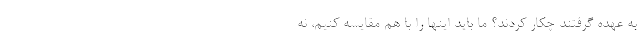
به عهده گرفتند چکار کردند؟ ما باید اینها را با هم مقایسه کنیم، نه